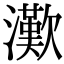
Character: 𤁤